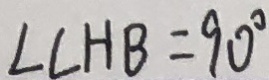
\angle C H B = 9 0 ^ { \circ }